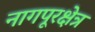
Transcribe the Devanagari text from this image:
नागपूरक्षेत्र